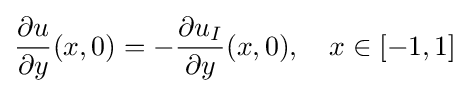
{\frac {\partial u}{\partial y}}(x,0)=-{\frac {\partial u_{I}}{\partial y}}(x,0),\quad x\in [-1,1]